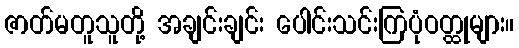
ဇာတ်မတူသူတို့ အချင်းချင်း ပေါင်းသင်းကြပုံဝတ္ထုများ။